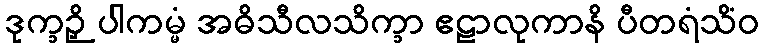
ဒုက္ခဉှိ ပါကမ္မံ အဓိသီလသိက္ခာ ဧဠာလုကာနိ ပီတရံသိံဝ